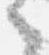
之